Lunatic asylums Central Provinces reports 1910-1926 - 1910-1926
Year: 1910
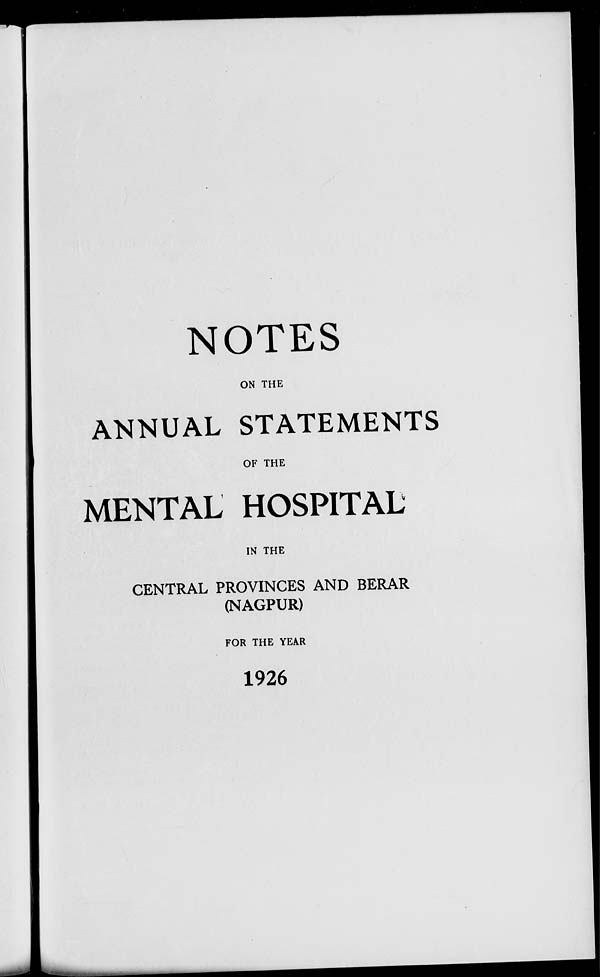
NOTES
ON THE
ANNUAL STATEMENTS
OF THE
MENTAL HOSPITAL
IN THE
CENTRAL PROVINCES AND BERAR
(NAGPUR)
FOR THE YEAR
1926